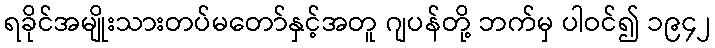
ရခိုင်အမျိုးသားတပ်မတော်နှင့်အတူ ဂျပန်တို့ ဘက်မှ ပါဝင်၍ ၁၉၄၂